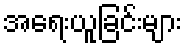
အရေးယူခြင်းများ